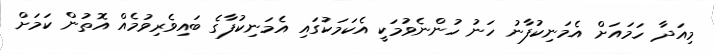
މިއަދާ ހަމައަށް އެމަނިކުފާނު ހަނު ހުންނެވުމަކީ އެކަމަކުގައި އެމަނިކުފާގެ ބައިވެރިވުމެއް އޮތުން ކަމަށް